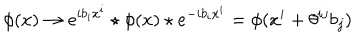
\phi ( x ) \rightarrow e ^ { i b _ { i } x ^ { i } } \star \phi ( x ) \star e ^ { - i b _ { i } x ^ { i } } = \phi ( x ^ { i } + \theta ^ { i j } b _ { j } )